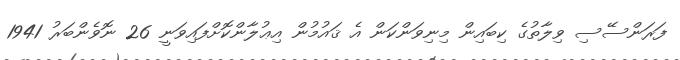
ފަރަންސޭސި ވިލާތުގެ ކިބައިން މިނިވަންކަން އެ ޤައުމުން އިޢުލާންކޮށްފައިވަނީ 26 ނޮވެންބަރު 1941